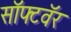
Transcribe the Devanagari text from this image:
सॉफ्टवॅर